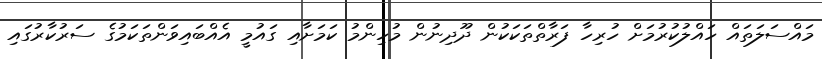
މައްސަލަތައް ހައްލުކުރުމަށް ހުރިހާ ފަރާތްތަކަކުން ދޫދިނުން މުހިންމު ކަމަށާއި ގައުމީ އެއްބައިވަންތަކަމުގެ ސަރުކާރުގައި